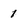
Character: 1